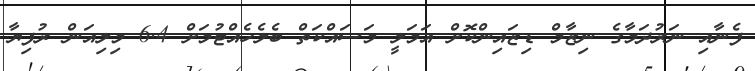
ފެނާއި ނަރުދަމާގެ ނިޒާމް ޑިޒައިންކޮށް އަމަލީ މަސައްކަތް ބެލެހެއްޓުމަށް 6.4 މިިލިއަން ރުފިޔާ